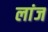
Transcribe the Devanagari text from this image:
लांज